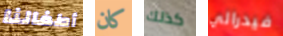
أطفالنا كان كذلك فيدرالي